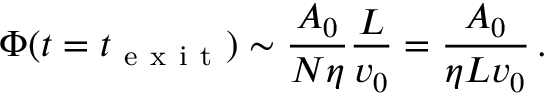
\Phi ( t = t _ { \mathrm { ~ e ~ x ~ i ~ t ~ } } ) \sim \frac { A _ { 0 } } { N \eta } \frac { L } { v _ { 0 } } = \frac { A _ { 0 } } { \eta L v _ { 0 } } \, .